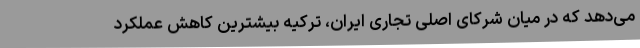
می‌دهد که در میان شرکای اصلی تجاری ایران، ترکیه بیشترین کاهش عملکرد